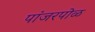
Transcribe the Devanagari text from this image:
पांजरपोळ